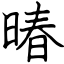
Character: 暙